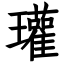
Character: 瓘